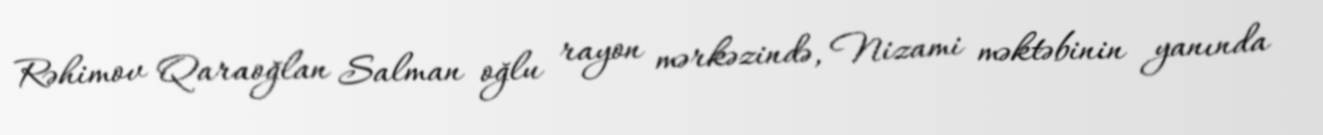
Rəhimov Qaraoğlan Salman oğlu rayon mərkəzində, Nizami məktəbinin yanında